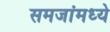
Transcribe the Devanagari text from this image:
समजांमध्ये